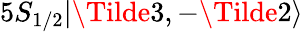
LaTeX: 5S_{1/2}|\Tilde{3},-\Tilde{2}\rangle